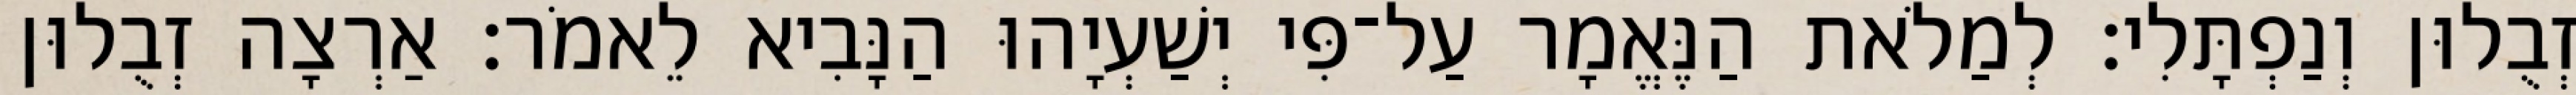
זְבֻלוּן וְנַפְתָּלִי׃ לְמַלֹאת הַנֶּאֱמָר עַל־פִּי יְשַׁעְיָהוּ הַנָּבִיא לֵאמֹר׃ אַרְצָה זְבֻלוּן